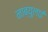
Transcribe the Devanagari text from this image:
नाब्युलाई